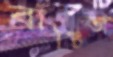
বাঞ্চিতা